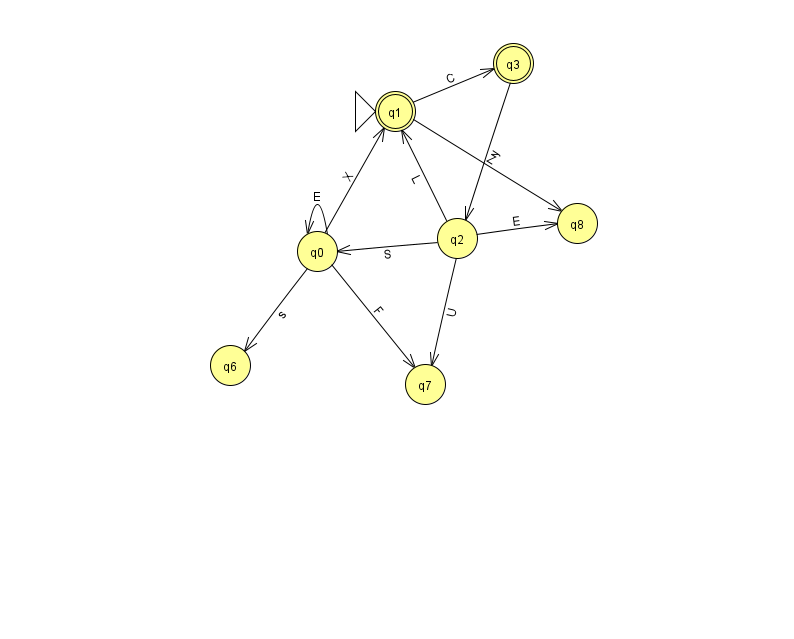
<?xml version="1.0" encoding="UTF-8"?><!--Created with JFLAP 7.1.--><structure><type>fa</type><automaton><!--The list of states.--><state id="0" name="q0"><x>317.0</x><y>238.0</y></state><state id="1" name="q1"><x>395.0</x><y>98.0</y><initial/><final/></state><state id="2" name="q2"><x>457.0</x><y>225.0</y></state><state id="3" name="q3"><x>513.0</x><y>50.0</y><final/></state><state id="6" name="q6"><x>230.0</x><y>352.0</y></state><state id="7" name="q7"><x>425.0</x><y>371.0</y></state><state id="8" name="q8"><x>577.0</x><y>210.0</y></state><!--The list of transitions.--><transition><from>2</from><to>8</to><read>E</read></transition><transition><from>3</from><to>2</to><read>y</read></transition><transition><from>1</from><to>3</to><read>C</read></transition><transition><from>2</from><to>7</to><read>U</read></transition><transition><from>0</from><to>1</to><read>X</read></transition><transition><from>1</from><to>8</to><read>Z</read></transition><transition><from>2</from><to>0</to><read>S</read></transition><transition><from>0</from><to>0</to><read>E</read></transition><transition><from>0</from><to>6</to><read>s</read></transition><transition><from>0</from><to>7</to><read>F</read></transition><transition><from>2</from><to>1</to><read>L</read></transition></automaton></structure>